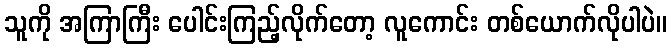
သူကို အကြာကြီး ပေါင်းကြည့်လိုက်တော့ လူကောင်း တစ်ယောက်လိုပါပဲ။